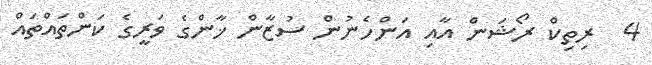
4  ރިތިކް ރޯޝަން އާއި އަންހެނުން ސުޒާން ޚާންގެ ވަރީގެ ކަންތައްތައް